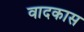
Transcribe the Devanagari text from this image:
वादकास